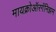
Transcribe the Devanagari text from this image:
मायक्रोऑरगॅनिझम